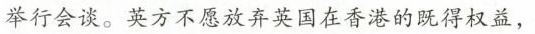
举行会谈。英方不愿放弃英国在香港的既得权益，